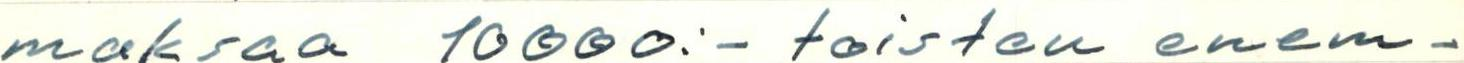
maksaa 10000:- toisten enem-